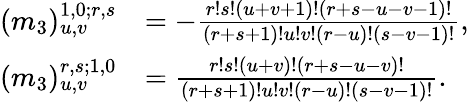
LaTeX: \begin{array}{rl}{(m_{3})_{u,v}^{1,0;r,s}}&{=-\frac{r!s!(u+v+1)!(r+s-u-v-1)!}{(r+s+1)!u!v!(r-u)!(s-v-1)!},}\\ {(m_{3})_{u,v}^{r,s;1,0}}&{=\frac{r!s!(u+v)!(r+s-u-v)!}{(r+s+1)!u!v!(r-u)!(s-v-1)!}.}\end{array}